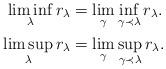
LaTeX: \begin{align*}\liminf_\lambda r_\lambda&=\lim_\gamma\inf_{\gamma\prec\lambda}r_\lambda.\\\limsup_\lambda r_\lambda&=\lim_\gamma\sup_{\gamma\prec\lambda}r_\lambda.\end{align*}